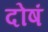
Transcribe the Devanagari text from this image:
दोषं